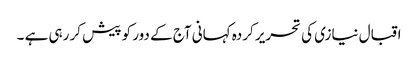
اقبال نیازی کی تحریر کردہ کہانی آج کے دور کو پیش کر رہی ہے ۔